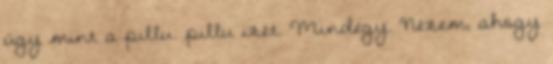
úgy mint a pillu. pillu izét. Mindegy. Nézem, ahogy